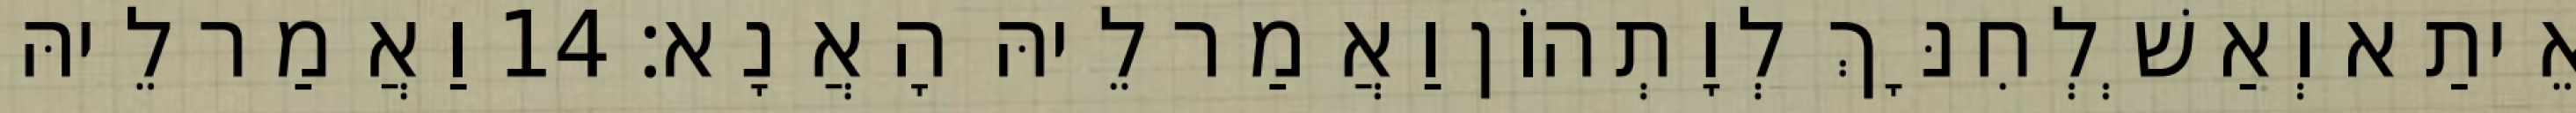
אֵיתַא וְאַשְׁלְחִנָּךְ לְוָתְהוֹן וַאֲמַר לֵיהּ הָאֲנָא׃ 14 וַאֲמַר לֵיהּ